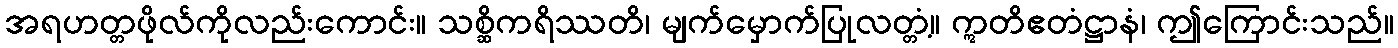
အရဟတ္တဖိုလ်ကိုလည်းကောင်း။ သစ္ဆိကရိဿတိ၊ မျက်မှောက်ပြုလတ္တံ့။ ဣတိဧတံဋ္ဌာနံ၊ ဤကြောင်းသည်။